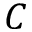
C